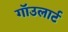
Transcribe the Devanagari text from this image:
गाॅउलार्ट